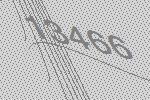
13466